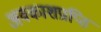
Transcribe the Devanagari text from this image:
अवकाशप्राप्ति